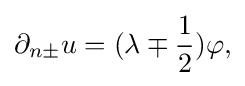
\displaystyle {\partial _{n\pm }u=(\lambda \mp {1 \over 2})\varphi ,}